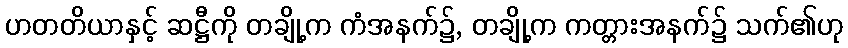
ဟတတိယာနှင့် ဆဋ္ဌီကို တချို့က ကံအနက်၌, တချို့က ကတ္တားအနက်၌ သက်၏ဟု